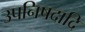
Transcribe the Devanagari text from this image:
उपनिषदादि